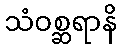
သံဝစ္ဆရာနိ